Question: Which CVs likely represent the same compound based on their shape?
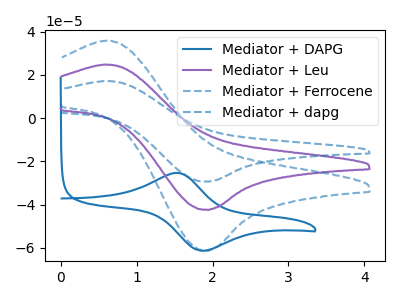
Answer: <think>The blue curve "Mediator + DAPG" has an anodic peak at (1.55V, -25.35uA) and a cathodic peak at (1.85V, -61.40uA). The purple curve "Mediator + Leu" has an anodic peak at (0.60V, 24.80uA) and a cathodic peak at (1.95V, -42.50uA). The blue dashed curve "Mediator + Ferrocene" has an anodic peak at (0.60V, 35.85uA) and a cathodic peak at (1.95V, -61.40uA). The blue dashed curve "Mediator + dapg" has an anodic peak at (0.60V, 49.65uA) and a cathodic peak at (1.95V, -85.00uA).
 "Mediator + DAPG" and "Mediator + Leu" have at least one peak that do not match. "Mediator + DAPG" and "Mediator + Ferrocene" have at least one peak that do not match. "Mediator + DAPG" and "Mediator + dapg" have at least one peak that do not match. All the peaks in "Mediator + Leu" have a peak in "Mediator + Ferrocene" at the same potential. Every peak in "Mediator + Leu" is lower than every peak in "Mediator + Ferrocene". All the peaks in "Mediator + Leu" have a peak in "Mediator + dapg" at the same potential. Every peak in "Mediator + Leu" is lower than every peak in "Mediator + dapg". All the peaks in "Mediator + Ferrocene" have a peak in "Mediator + dapg" at the same potential. Every peak in "Mediator + Ferrocene" is lower than every peak in "Mediator + dapg".</think>
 <answer>"Mediator + Ferrocene", "Mediator + Leu" and "Mediator + dapg" have the same shape and are likely CV's of the same chemical.</answer>
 <eval>"Mediator + Ferrocene" "Mediator + Leu" "Mediator + dapg"</eval>